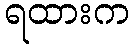
ရထားက